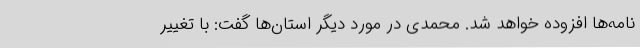
نامه‌ها افزوده خواهد شد. محمدی در مورد دیگر استان‌ها گفت: با تغییر